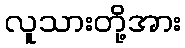
လူသားတို့အား